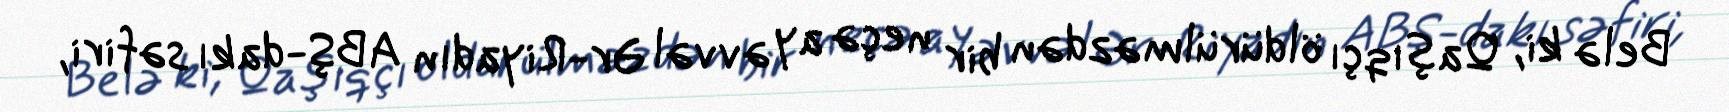
Belə ki, Qaşıqçı öldürülməzdən bir neçə ay əvvəl Ər-Riyadın ABŞ-dakı səfiri,